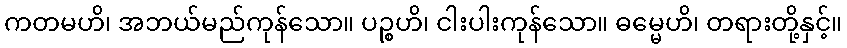
ကတမဟိ၊ အဘယ်မည်ကုန်သော။ ပဉ္စဟိ၊ ငါးပါးကုန်သော။ ဓမ္မေဟိ၊ တရားတို့နှင့်။